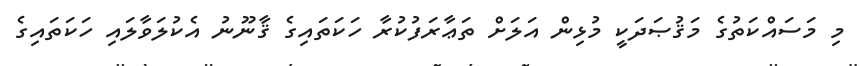
މި މަސައްކަތުގެ މަޤުޞަދަކީ މުޅިން އަލަށް ތަޢާރަފުކުރާ ހަކަތައިގެ ޤާނޫނު އެކުލަވާލައި ހަކަތައިގެ